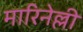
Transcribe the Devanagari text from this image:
मारिनेल्ली